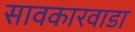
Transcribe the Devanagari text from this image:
सावकारवाडा